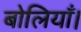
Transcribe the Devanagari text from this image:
बोलियाँ।